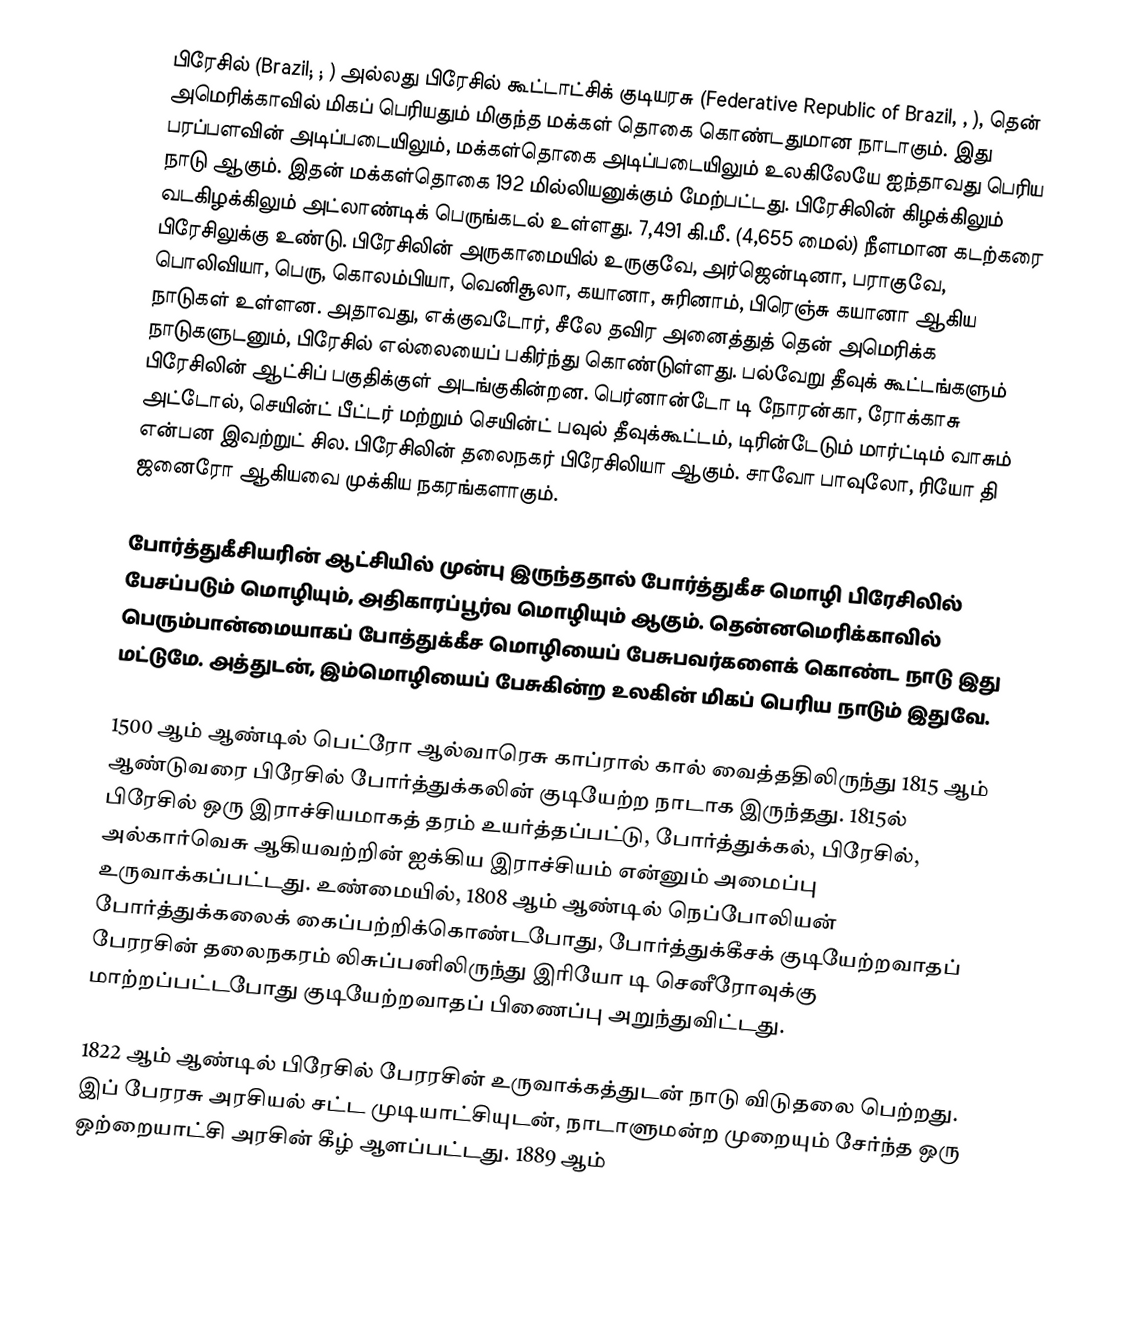
பிரேசில் (Brazil; ; ) அல்லது பிரேசில் கூட்டாட்சிக் குடியரசு (Federative Republic of Brazil, , ), தென் அமெரிக்காவில் மிகப் பெரியதும் மிகுந்த மக்கள் தொகை கொண்டதுமான நாடாகும். இது பரப்பளவின் அடிப்படையிலும், மக்கள்தொகை அடிப்படையிலும் உலகிலேயே ஐந்தாவது பெரிய நாடு ஆகும். இதன் மக்கள்தொகை 192 மில்லியனுக்கும் மேற்பட்டது. பிரேசிலின் கிழக்கிலும் வடகிழக்கிலும் அட்லாண்டிக் பெருங்கடல் உள்ளது. 7,491 கி.மீ. (4,655 மைல்) நீளமான கடற்கரை பிரேசிலுக்கு உண்டு. பிரேசிலின் அருகாமையில் உருகுவே, அர்ஜென்டினா, பராகுவே, பொலிவியா, பெரு, கொலம்பியா, வெனிசூலா, கயானா, சுரினாம், பிரெஞ்சு கயானா ஆகிய நாடுகள் உள்ளன. அதாவது, எக்குவடோர், சீலே தவிர அனைத்துத் தென் அமெரிக்க நாடுகளுடனும், பிரேசில் எல்லையைப் பகிர்ந்து கொண்டுள்ளது. பல்வேறு தீவுக் கூட்டங்களும் பிரேசிலின் ஆட்சிப் பகுதிக்குள் அடங்குகின்றன. பெர்னான்டோ டி நோரன்கா, ரோக்காசு அட்டோல், செயின்ட் பீட்டர் மற்றும் செயின்ட் பவுல் தீவுக்கூட்டம், டிரின்டேடும் மார்ட்டிம் வாசும் என்பன இவற்றுட் சில. பிரேசிலின் தலைநகர் பிரேசிலியா ஆகும். சாவோ பாவுலோ, ரியோ தி ஜனைரோ ஆகியவை முக்கிய நகரங்களாகும்.

போர்த்துகீசியரின் ஆட்சியில் முன்பு இருந்ததால் போர்த்துகீச மொழி பிரேசிலில் பேசப்படும் மொழியும், அதிகாரப்பூர்வ மொழியும் ஆகும். தென்னமெரிக்காவில் பெரும்பான்மையாகப் போத்துக்கீச மொழியைப் பேசுபவர்களைக் கொண்ட நாடு இது மட்டுமே. அத்துடன், இம்மொழியைப் பேசுகின்ற உலகின் மிகப் பெரிய நாடும் இதுவே.

1500 ஆம் ஆண்டில் பெட்ரோ ஆல்வாரெசு காப்ரால் கால் வைத்ததிலிருந்து 1815 ஆம் ஆண்டுவரை பிரேசில் போர்த்துக்கலின் குடியேற்ற நாடாக இருந்தது. 1815ல் பிரேசில் ஒரு இராச்சியமாகத் தரம் உயர்த்தப்பட்டு, போர்த்துக்கல், பிரேசில், அல்கார்வெசு ஆகியவற்றின் ஐக்கிய இராச்சியம் என்னும் அமைப்பு உருவாக்கப்பட்டது. உண்மையில், 1808 ஆம் ஆண்டில் நெப்போலியன் போர்த்துக்கலைக் கைப்பற்றிக்கொண்டபோது, போர்த்துக்கீசக் குடியேற்றவாதப் பேரரசின் தலைநகரம் லிசுப்பனிலிருந்து இரியோ டி செனீரோவுக்கு மாற்றப்பட்டபோது குடியேற்றவாதப் பிணைப்பு அறுந்துவிட்டது.

1822 ஆம் ஆண்டில் பிரேசில் பேரரசின் உருவாக்கத்துடன் நாடு விடுதலை பெற்றது. இப் பேரரசு அரசியல் சட்ட முடியாட்சியுடன், நாடாளுமன்ற முறையும் சேர்ந்த ஒரு ஒற்றையாட்சி அரசின் கீழ் ஆளப்பட்டது. 1889 ஆம்